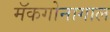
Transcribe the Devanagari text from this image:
मॅकगोनागाल